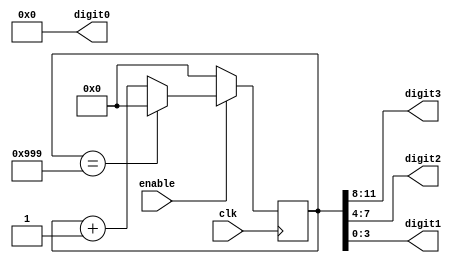
module bcd_up_counter_enable (
    input wire clk,
    input wire enable,
    output reg [3:0] digit3,
    output reg [3:0] digit2,
    output reg [3:0] digit1,
    output reg [3:0] digit0
);

reg [11:0] count;

always @(posedge clk) begin
    if (enable) begin
        if (count == 12'h999) begin
            count <= 12'h000;
        end else begin
            count <= count + 1;
        end
    end else begin
        count <= 12'h000;
    end
end

always @* begin
    digit3 = count[11:8];
    digit2 = count[7:4];
    digit1 = count[3:0];
    digit0 = 4'b0;
end

endmodule